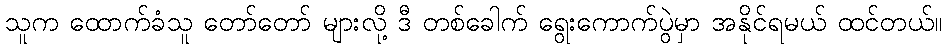
သူက ထောက်ခံသူ တော်တော် များလို့ ဒီ တစ်ခေါက် ရွေးကောက်ပွဲမှာ အနိုင်ရမယ် ထင်တယ်။